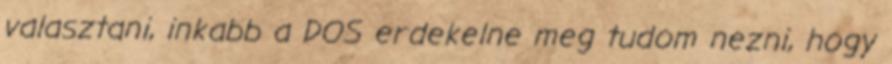
valasztani, inkabb a DOS erdekelne meg tudom nezni, hogy